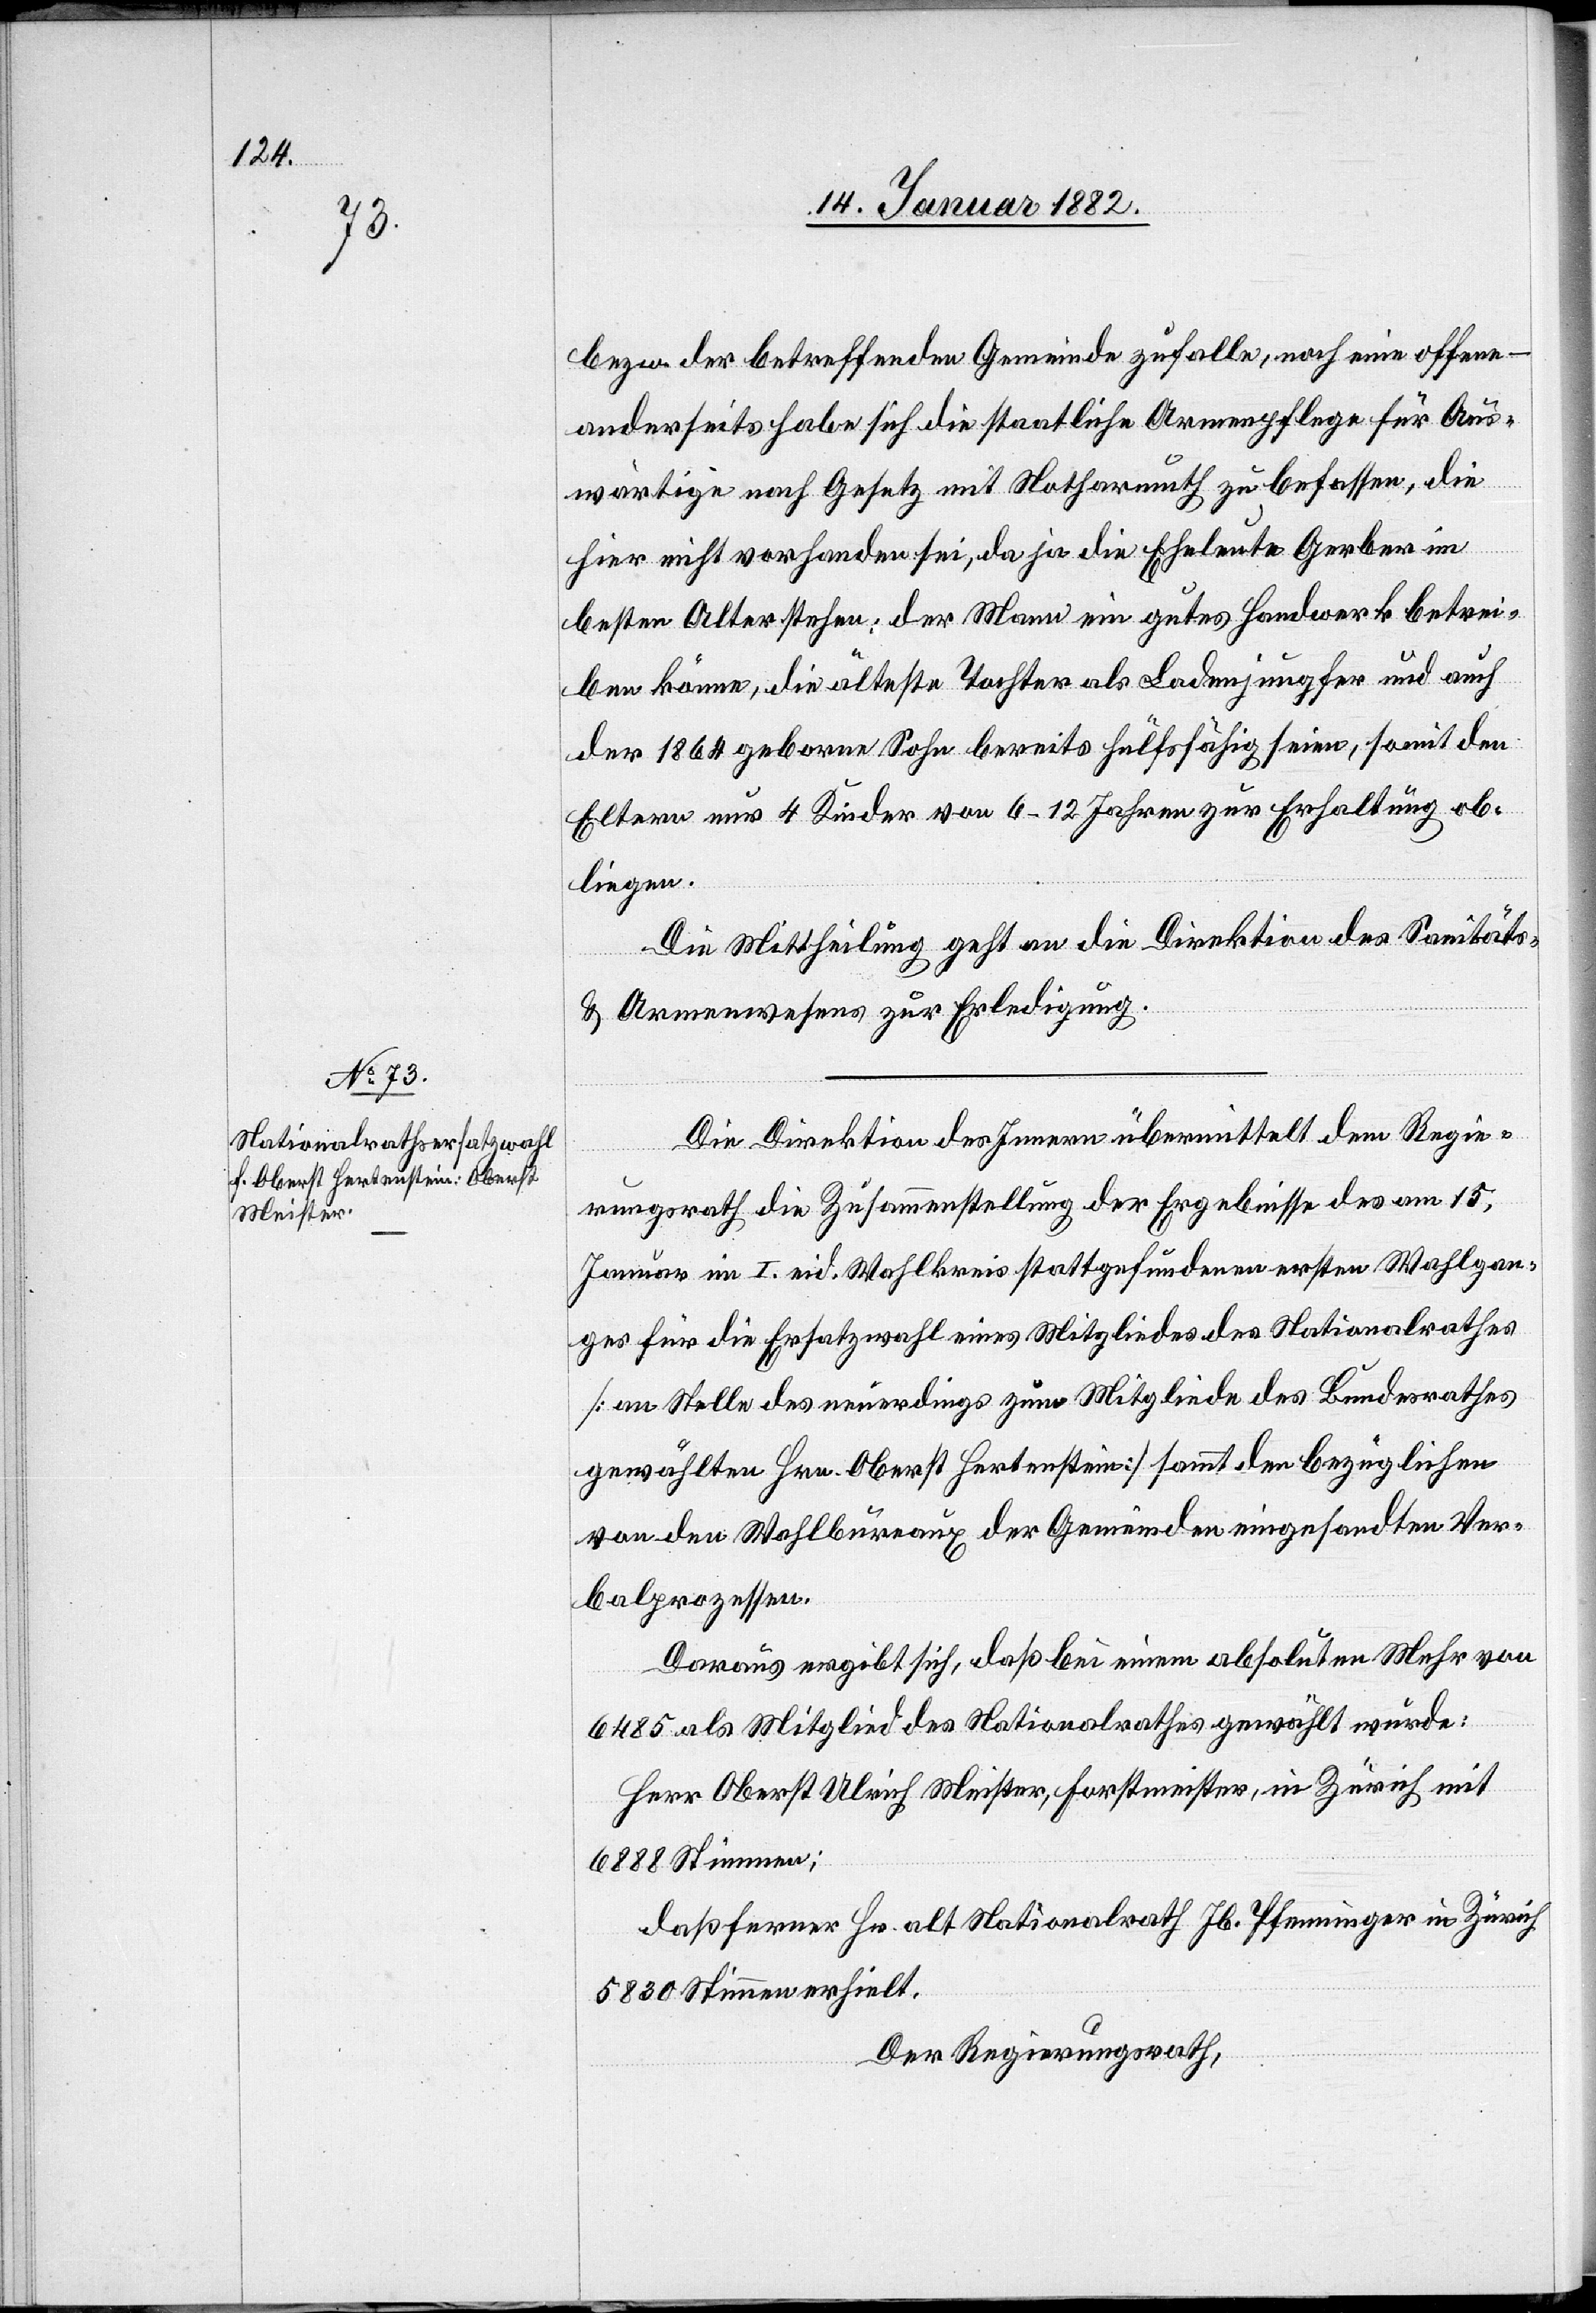
17. Januar 1882]
bezw. der betreffenden Gemeinde zufalle, noch eine offene
anderseits habe sich die staatliche Armenpflege für Aus¬
wärtige nach Gesetz mit Notharmuth zu befassen, die
hier nicht vorhanden sei, da ja die Eheleute Gerber im
besten Alter stehen, der Mann ein gutes Handwerk betrei¬
ben könne, die älteste Tochter als Ladenjungfer und auch
der 1864 geborene Sohn bereits hülfsfähig seien, somit den
Eltern nur 4 Kinder von 6–12 Jahren zur Erhaltung ob¬
liegen.
Die Mittheilung geht an die Direktion des Sanitäts-
& Armenwesens zur Erledigung.
Die Direktion des Innern übermittelt dem Regie¬
rungsrath die Zusammenstellung der Ergebnisse des am 15.
Januar im I. eid. Wahlkreis stattgefundenen ersten Wahlgan¬
ges für die Ersatzwahl eines Mitglieds des Nationalrathes
[an Stelle des neuerdings zum Mitgliede des Bundesrathes
gewählten Hrn. Oberst Hertenstein] sammt den bezüglichen
von den Wahlbureux der Gemeinde eingesandten Ver¬
balprozessen.
Daraus ergibt sich, daß bei einem absoluten Mehr von
6485 als Mitglied des Nationalrathes gewählt wurde:
Herr Oberst Ulrich Meister, Forstmeister, in Zürich mit
6888 Stimmen;
daß ferner Hr. alt Nationalrath Jb. Pfenninger in Zürich
5830 Stimmen erhielt.
Der Regierungsrath,